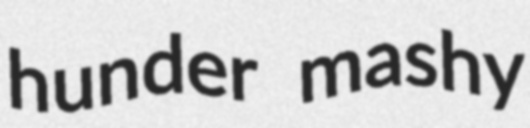
hunder mashy